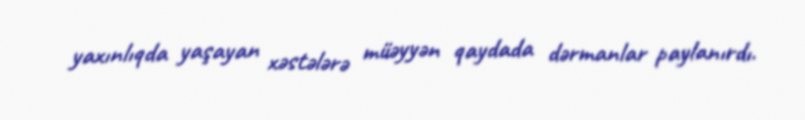
yaxınlıqda yaşayan xəstələrə müəyyən qaydada dərmanlar paylanırdı.